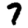
Digit: 7